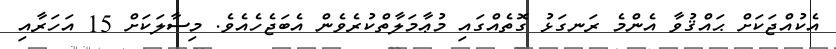
އެކުއްޖަކަށް ޙައްޤުވާ އެންމެ ރަނގަޅު ގޮތެއްގައި މުޢާމަލާތްކުރެވެން އެބަޖެހެއެވެ. މިސާލަކަށް 15 އަހަރާއި